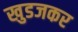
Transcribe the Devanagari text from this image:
खुडजकर